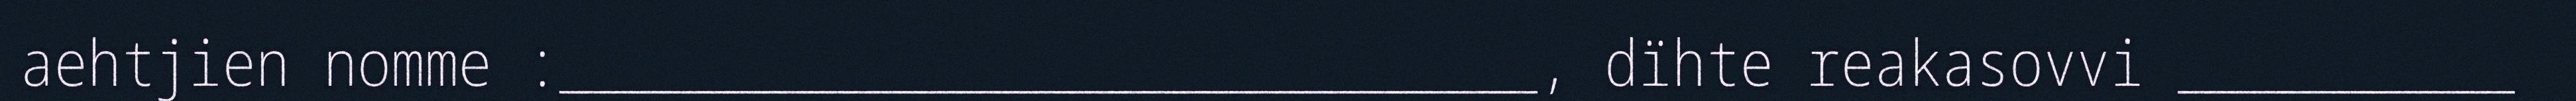
aehtjien nomme :_____________________________, dïhte reakasovvi __________